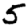
Digit: 5